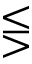
\lesseqgtr